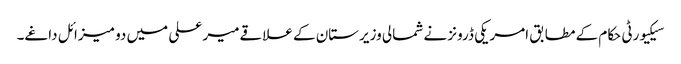
سیکیورٹی حکام کے مطابق امریکی ڈرونز نے شمالی وزیرستان کے علاقےمیر علی میں دو میزائل داغے۔